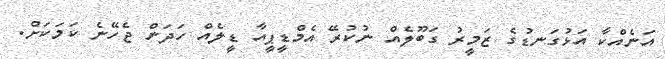
އަނެއްކާ އަޅުގަނޑުގެ ޒަމީރު ގަބޫލެއް ނުކުރޭ އެމްޑީޕީއާ ޑީލެއް ހަދަން ޖެހޭނެ ކަމަކަށް.